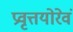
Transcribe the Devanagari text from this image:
प्रवृत्तयोरेवं